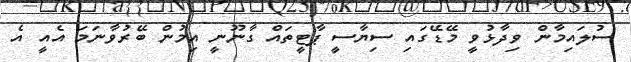
ސުލައިމާން ވިދާޅުވީ މޭޑޭގައި ސިޔާސީ ޕާޓީތައް ގާނޫނީ އިމުން ބޭރުވާނަމަ އެއީ އެ